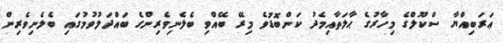
ޢަރަބިއްޔާ ސްކޫލްގެ މިހާރުގެ ޙާލަތާއިމެދު ކަންބޮޑުވެ މިރޭ ބޭއްވި ބެލެނިވެރިންގެ ބައްދަލުވުމުގައި ބެލެނިވެރިން